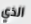
الذي